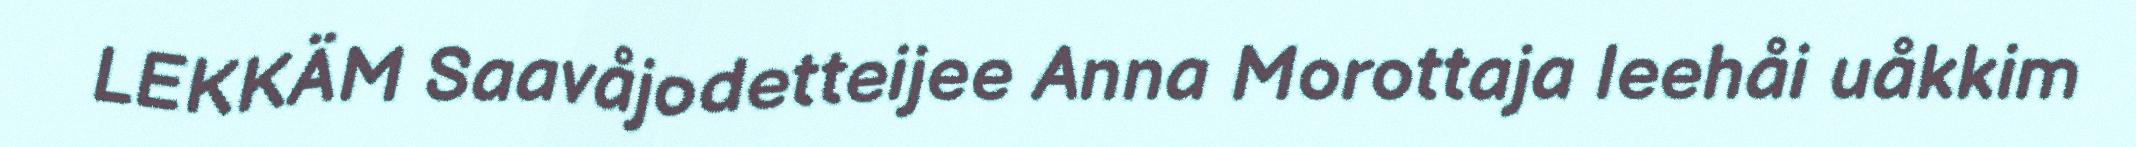
LEKKÄM Saavåjodetteijee Anna Morottaja leehåi uåkkim